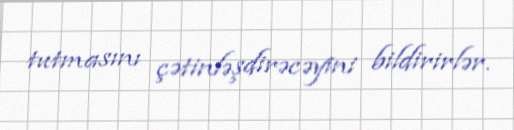
tutmasını çətinləşdirəcəyini bildirirlər.